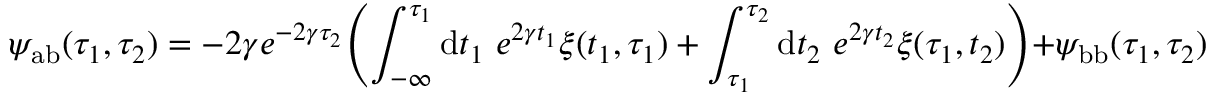
\psi _ { \mathrm { a b } } ( \tau _ { 1 } , \tau _ { 2 } ) = - 2 \gamma e ^ { - 2 \gamma \tau _ { 2 } } \Biggl ( \int _ { - \infty } ^ { \tau _ { 1 } } \mathrm { d } t _ { 1 } ~ e ^ { 2 \gamma t _ { 1 } } \xi ( t _ { 1 } , \tau _ { 1 } ) + \int _ { \tau _ { 1 } } ^ { \tau _ { 2 } } \mathrm { d } t _ { 2 } ~ e ^ { 2 \gamma t _ { 2 } } \xi ( \tau _ { 1 } , t _ { 2 } ) \Biggl ) + \psi _ { \mathrm { b b } } ( \tau _ { 1 } , \tau _ { 2 } )